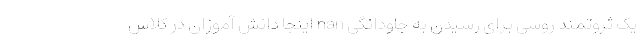
یک ثروتمند روسی برای رسیدن به جاودانگی nan اینجا دانش آموزان در کلاس